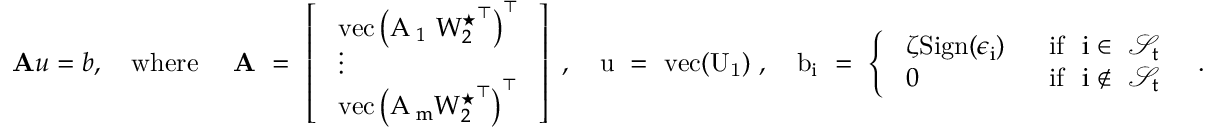
\begin{array} { r } { \mathbf { A } u = b , \quad \mathrm { w h e r e } \quad \mathrm { ~ \mathbf { A } ~ = ~ \left[ \begin{array} { l } { ~ \mathrm { v e c } \left( A _ 1 ~ { W ^ \star _ 2 } ^ \top \right) ^ \top } \\ { ~ \vdots } \\ { ~ \mathrm { v e c } \left( A _ m { W ^ \star _ 2 } ^ \top \right) ^ \top ~ } \end{array} \right] ~ , \ \ ~ u ~ = ~ \mathrm { v e c } ( U _ 1 ) ~ , \ \ ~ b _ i ~ = ~ \left\{ \begin{array} { l l } { ~ \zeta \mathrm { S i g n } ( \epsilon _ i ) ~ } & { ~ \mathrm { i f ~ } ~ i \in ~ \mathcal { S } _ t } \\ { ~ 0 ~ } & { ~ \mathrm { i f ~ } ~ i \not \in ~ \mathcal { S } _ t ~ } \end{array} \right. ~ . } } \end{array}